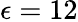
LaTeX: \epsilon=12